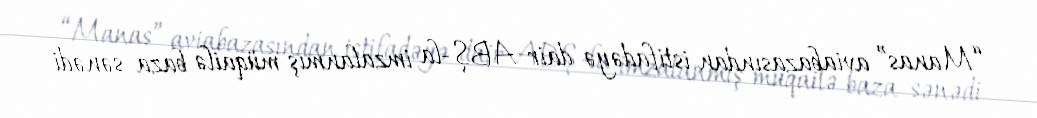
“Manas” aviabazasından istifadəyə dair ABŞ-la imzalanmış müqailə baza sənədi